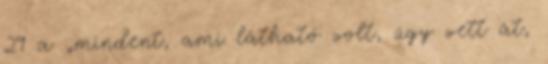
29 a „mindent, ami látható volt, úgy vett át,